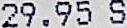
29.95 S